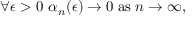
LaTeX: \forall \epsilon > 0 \, \, \alpha _ { n } ( \epsilon ) \to 0 \mathrm { { \; a s \; } } n \to \infty ,